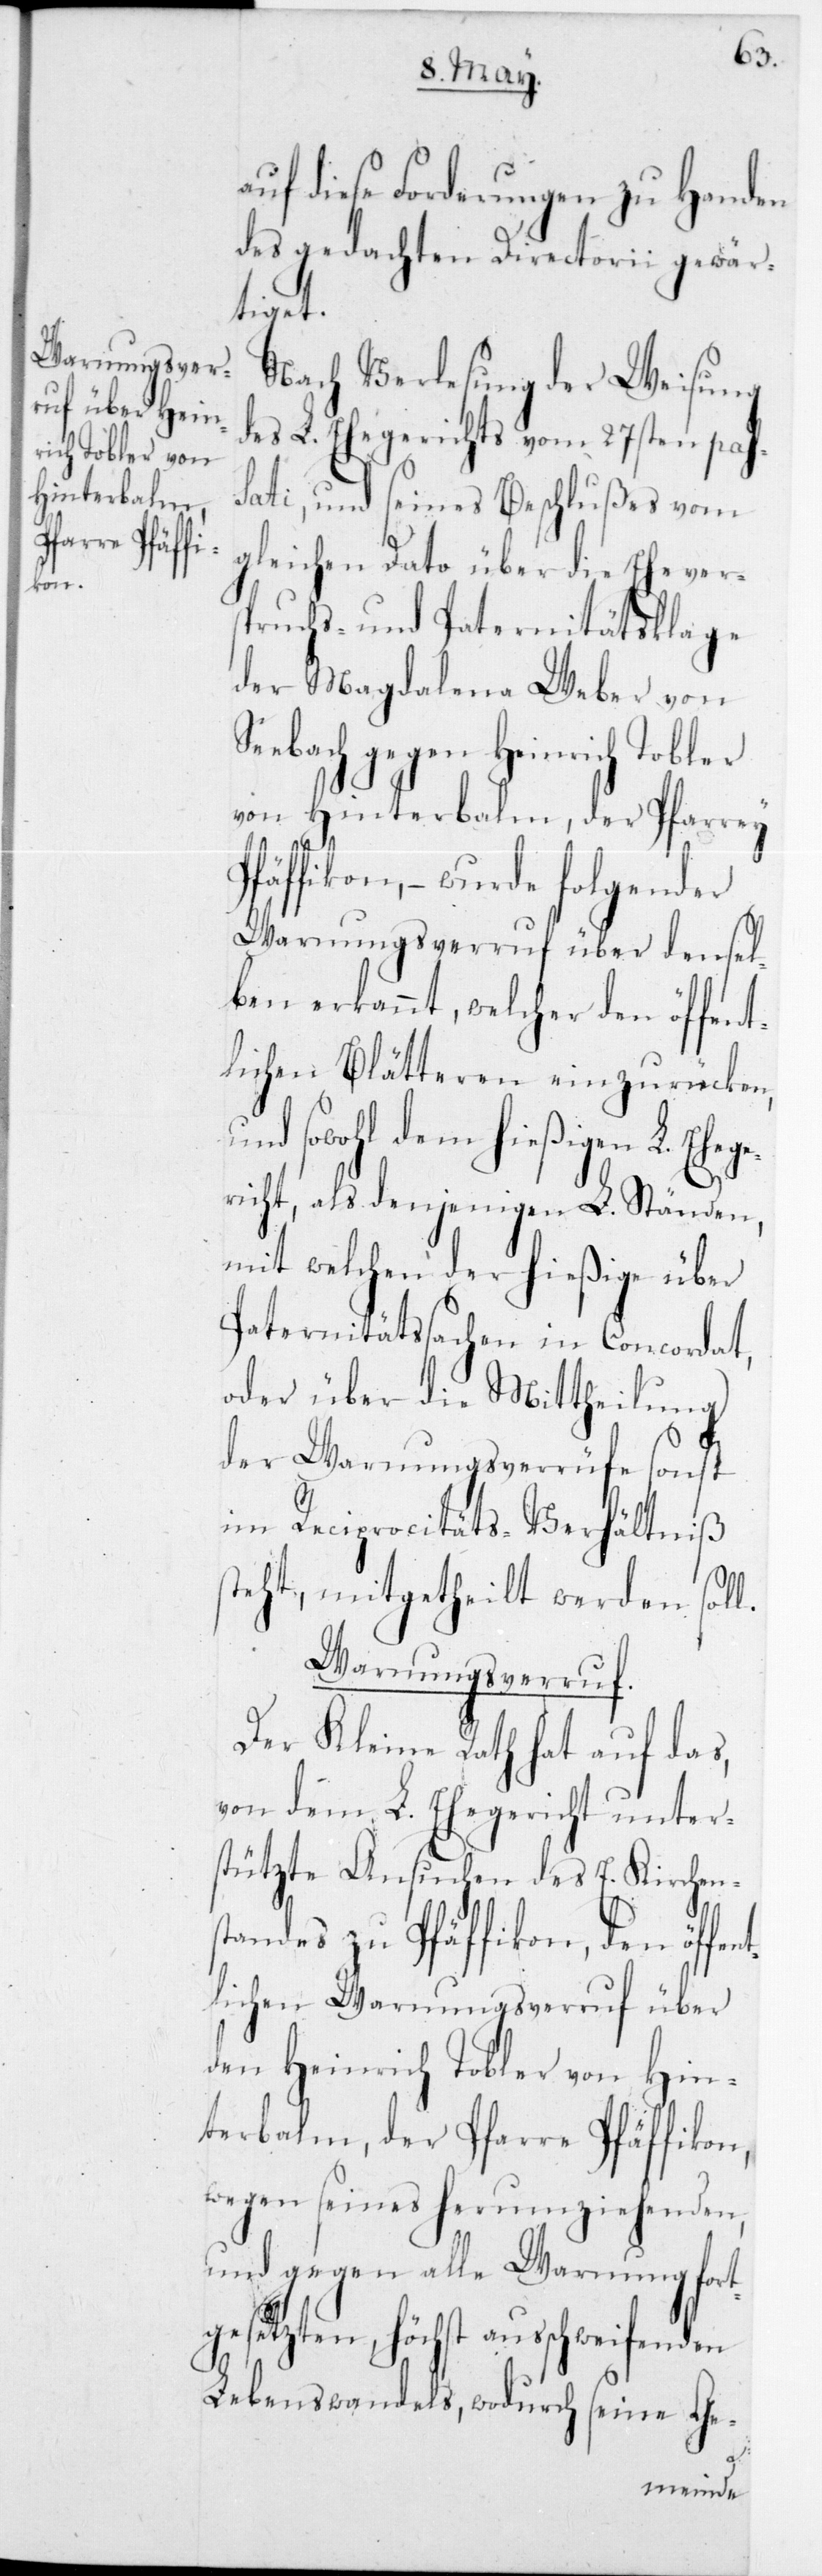
auf diese Forderungen zu Handen
des gedachten Directorii gewär¬
tiget.
Nach Verlesung der Weisung
des L. Ehegerichts vom 27sten pas¬
sati, und seines Beschlußes vom
gleichen dato über die Ehever¬
spruchs- und Paternitätsklage
der Magdalena Weber von
Seebach gegen Heinrich Tobler
von Hinterbalm, der Pfarrey
äffikon, – wurde folgender
Warnungsverruf über dense¬
lben erkannt, welcher den öffent¬
lichen Blätteren einzurücken,
und sowohl dem hießigen L. Eheg¬
ericht, als denjenigen L. Ständen,
mit welchen der hießige über
Paternitätssachen in Concordat,
oder über die Mitth¬
ent¬
der Warnungsverrüfe son¬
im Reciprocitäts-Verhä¬
st
steht, mitgetheilt werden sol¬
Warnungsverruf.
Der Kleine Rath hat auf das,
von dem L. Ehegericht unter¬
stützte Ansuchen des E. K¬
ch¬
tandes zu Pfäffikon, den öff¬
lichen Warnungsverruf über
den Heinrich Tobler von Hin¬
terbalm der Pfarre Pfäffikon,
wegen seines herumziehenden,
und gegen alle Warnung fort¬
gesetzten höchst ausschweifenden
Lebenswandels, wodurch seine Ge-